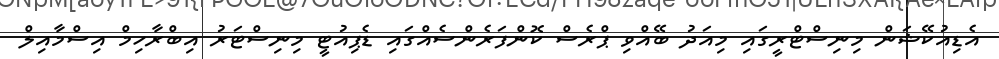
އެޑިއުކޭޝަން މިނިސްޓްރީގައި މިއަދު ބޭއްވި ޕްރެސް ކޮންފަރެންސެއްގައި ޑެޕިއުޓީ މިނިސްޓަރު އިބްރާހިމް އިސްމާއިލް